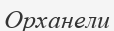
Орханели